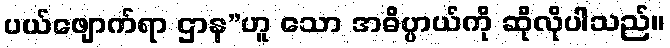
ပယ်ဖျောက်ရာ ဌာန”ဟူ သော အဓိပ္ပာယ်ကို ဆိုလိုပါသည်။